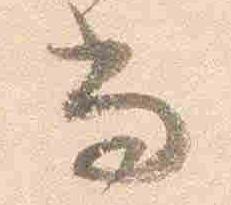
尚